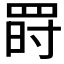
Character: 𦋂